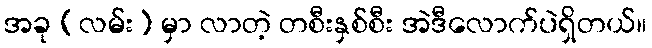
အခု (လမ်း) မှာ လာတဲ့ တစီးနှစ်စီး အဲဒီလောက်ပဲရှိတယ်။